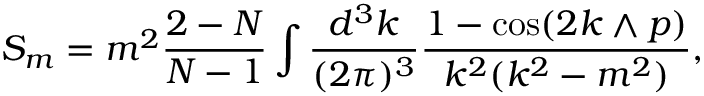
S _ { m } = m ^ { 2 } \frac { 2 - N } { N - 1 } \int \frac { d ^ { 3 } k } { ( 2 \pi ) ^ { 3 } } \frac { 1 - \cos ( 2 k \wedge p ) } { k ^ { 2 } ( k ^ { 2 } - m ^ { 2 } ) } ,